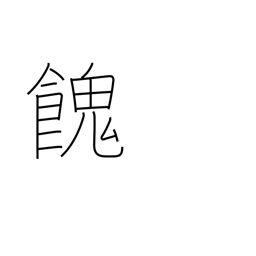
Meaning: provide